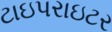
ટાઇપરાઇટર